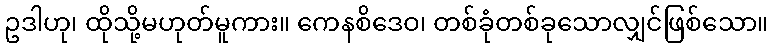
ဥဒါဟု၊ ထိုသို့မဟုတ်မူကား။ ကေနစိဒေဝ၊ တစ်ခုံတစ်ခုသောလျှင်ဖြစ်သော။